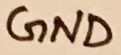
Text: GND